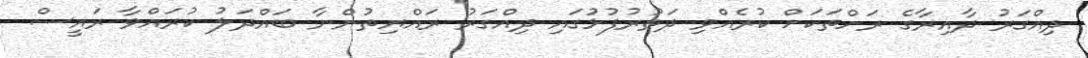
ދިއްގަރު ދާއިރާގެ ރަށްތަކަށް ކުރެއްވި ދަތުރުފުޅުގައި ދިއްގަރު ރައްޔިތުންނާ ބައްދަލު ކުރައްވާ ރައީސް